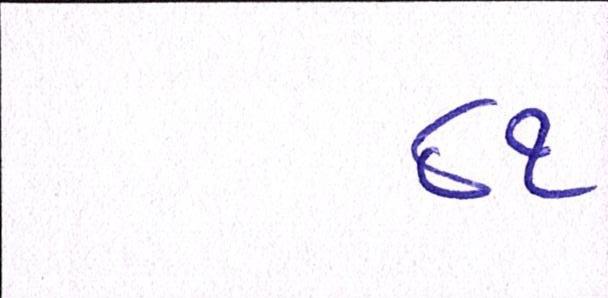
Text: ૮૧